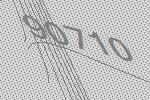
90710